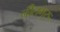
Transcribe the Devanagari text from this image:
नीलगुरु